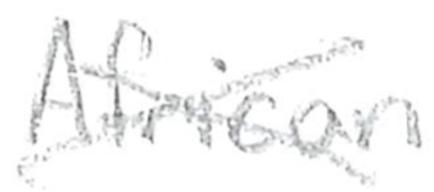
Text: African
Cross-out: cross
Writing tool: pencil